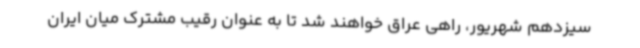
سیزدهم شهریور، راهی عراق خواهند شد تا به عنوان رقیب مشترک میان ایران